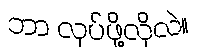
ဘာ လုပ်ဖို့လိုလဲ။